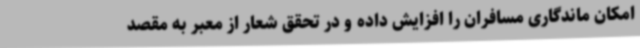
امکان ماندگاری مسافران را افزایش داده و در تحقق شعار از معبر به مقصد